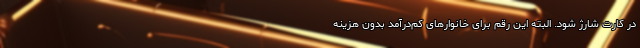
در کارت شارژ شود. البته این رقم برای خانوارهای کم‌درآمد بدون هزینه